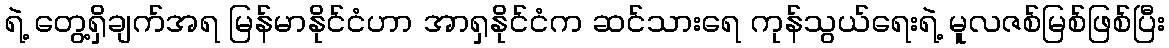
ရဲ့ တွေ့ရှိချက်အရ မြန်မာနိုင်ငံဟာ အာရှနိုင်ငံက ဆင်သားရေ ကုန်သွယ်ရေးရဲ့ မူလဇစ်မြစ်ဖြစ်ပြီး